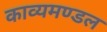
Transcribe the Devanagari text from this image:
काव्यमण्डल